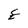
Character: E